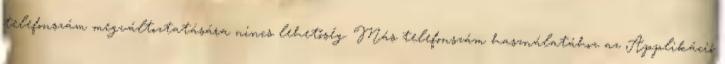
telefonszám megváltoztatására nincs lehetőség. Más telefonszám használatához az Applikáció